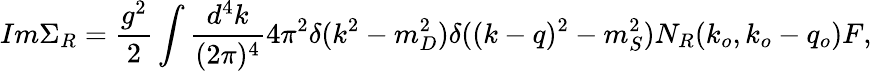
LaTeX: Im\Sigma_{R}={\frac{g^{2}}{2}}\int{\frac{d^{4}k}{(2\pi)^{4}}}4\pi^{2}\delta(k^{2}-m_{D}^{2})\delta((k-q)^{2}-m_{S}^{2})N_{R}(k_{o},k_{o}-q_{o})F,